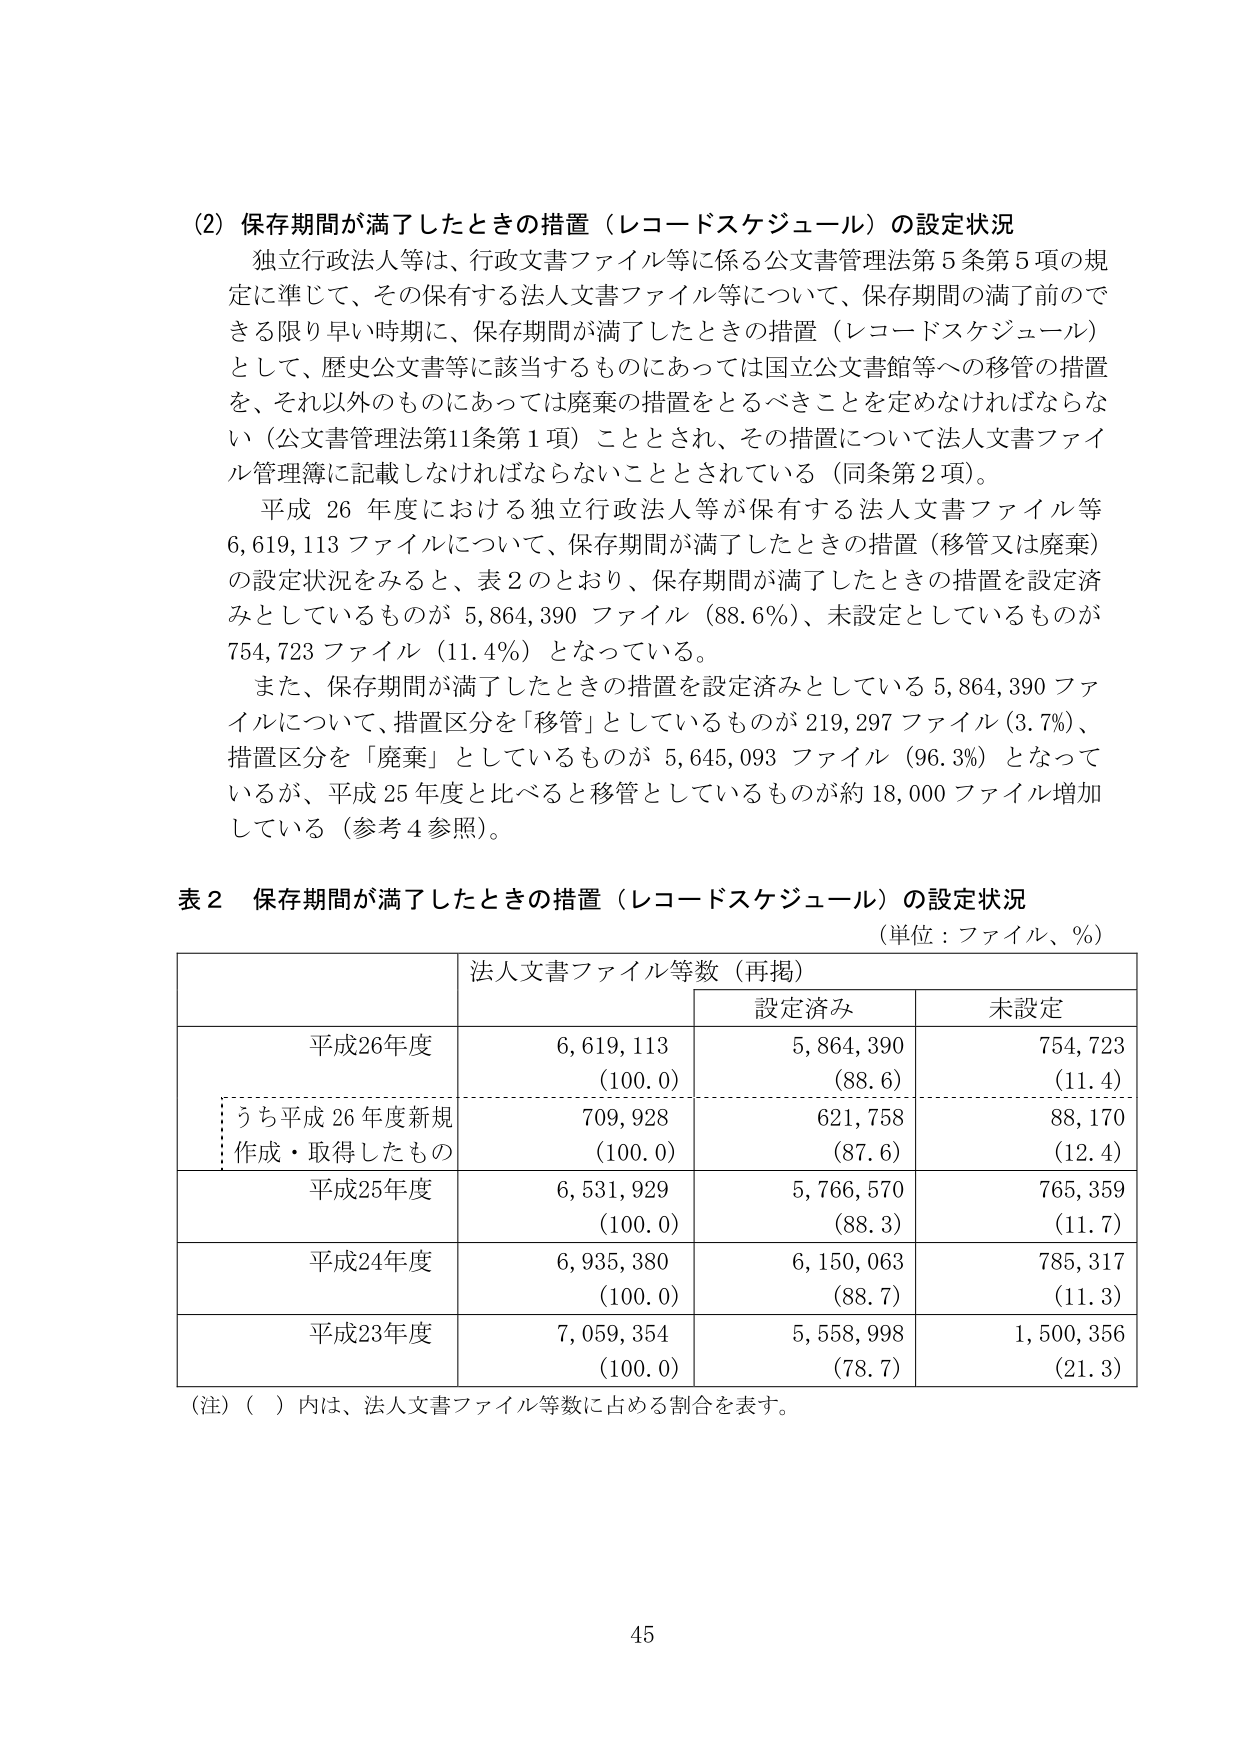
(2) 保存期間が満了したときの措置（レコードスケジュール）の設定状況
独立行政法人等は、行政文書ファイル等に係る公文書管理法第5条第5項の規定に準じて、その保有する法人文書ファイル等について、保存期間の満了前できる限り早い時期に、保存期間が満了したときの措置（レコードスケジュール）として、歴史公文書等に該当するものにあっては国立公文書館等への移管の措置を、それ以外のものにあっては廃棄の措置をとるべきことを定めなければならない（公文書管理法第11条第1項）こととされ、その措置について法人文書ファイル管理簿に記載しなければならないこととされている（同条第2項）。
平成26年度における独立行政法人等が保有する法人文書ファイル等6,619,113ファイルについて、保存期間が満了したときの措置（移管又は廃棄）の設定状況をみると、表2のとおり、保存期間が満了したときの措置を設定済みとしているものが5,864,390ファイル（88.6%）、未設定としているものが754,723ファイル（11.4%）となっている。
また、保存期間が満了したときの措置を設定済みとしている5,864,390ファイルについて、措置区分を「移管」としているものが219,297ファイル（3.7%）、措置区分を「廃棄」としているものが5,645,093ファイル（96.3%）となっているが、平成25年度と比べると移管としているものが約18,000ファイル増加している（参考4参照）。

表2 保存期間が満了したときの措置（レコードスケジュール）の設定状況
（単位：ファイル、％）

| | 法人文書ファイル等数（再掲） | | |
|---|---|---|---|
| | | 設定済み | 未設定 |
| 平成26年度 | 6,619,113 | 5,864,390 | 754,723 |
| | （100.0） | （88.6） | （11.4） |
| うち平成26年度新規作成・取得したもの | 709,928 | 621,758 | 88,170 |
| | （100.0） | （87.6） | （12.4） |
| 平成25年度 | 6,531,929 | 5,766,570 | 765,359 |
| | （100.0） | （88.3） | （11.7） |
| 平成24年度 | 6,935,380 | 6,150,063 | 785,317 |
| | （100.0） | （88.7） | （11.3） |
| 平成23年度 | 7,059,354 | 5,558,998 | 1,500,356 |
| | （100.0） | （78.7） | （21.3） |

（注）（ ）内は、法人文書ファイル等数に占める割合を表す。

45